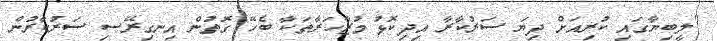
"ލީބިޔާގައި ކުރިއަށް ދިޔަ ސަރުކާރާ އިދިކޮޅު މުޒާހަރާތަކާ ބެހޭ ގޮތުން އިނގިރޭސި ސަރުކާރުން